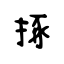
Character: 㧻